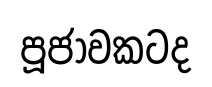
පූජාවකටද